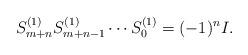
LaTeX: \begin{align*}S^{(1)}_{m+n} S^{(1)}_{m+n-1} \cdots S^{(1)}_0 = (-1)^n I.\end{align*}